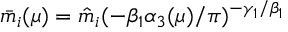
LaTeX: \bar { m } _ { i } ( \mu ) = \hat { m } _ { i } ( - \beta _ { 1 } \alpha _ { 3 } ( \mu ) / \pi ) ^ { - \gamma _ { 1 } / \beta _ { 1 } }